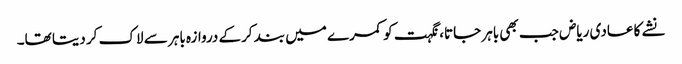
نشے کا عادی ریاض جب بھی باہر جاتا، نگہت کو کمرے میں بند کرکے دروازہ باہر سے لاک کر دیتا تھا۔